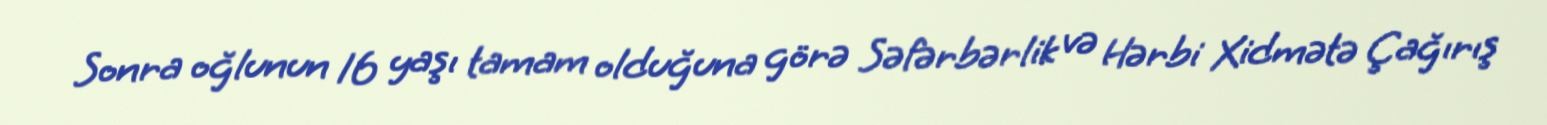
Sonra oğlunun 16 yaşı tamam olduğuna görə Səfərbərlik və Hərbi Xidmətə Çağırış